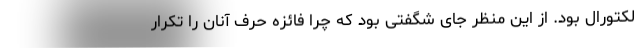
لکتورال بود. از این منظر جای شگفتی بود که چرا فائزه حرف آنان را تکرار